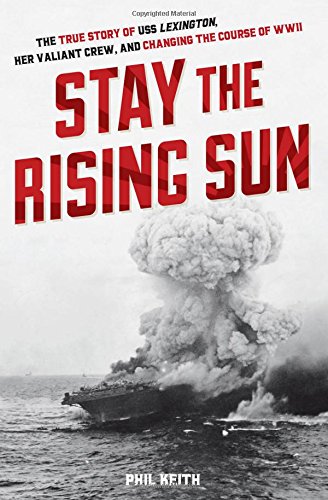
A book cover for Stay the Rising Sun: The True Story of USS Lexington, Her Valiant Crew, and Changing the Course of World War II; Phil Keith; History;